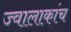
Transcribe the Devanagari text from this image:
ज्वालाकांच